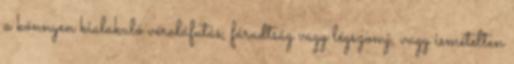
a könnyen kialakuló véraláfutás, fáradtság vagy légszomj, vagy ismételten